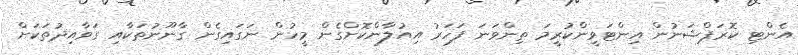
އެންޓި ކޮރަޕްޝަނުން އިންޓަވީންކުރީމަ ތިންވަނަ ފަހަރު އިއުލާންކޮށްގެން މީހުން ނަގައިގެން ގާނޫނުތަކާއި ގަވާއިދުތަކަށް